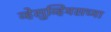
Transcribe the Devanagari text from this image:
व्हेसुव्हियसच्या